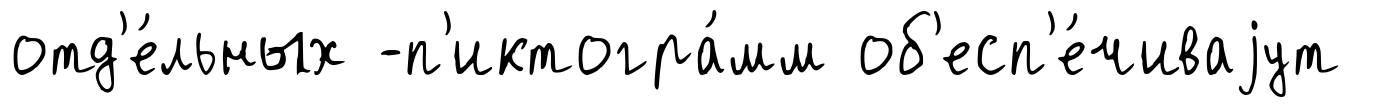
отд'е́льных -п'иктогра́мм об'есп'е́чиваjут